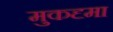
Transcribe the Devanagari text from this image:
मुकदृमा